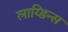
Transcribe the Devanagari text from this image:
लाय्डिन्स